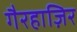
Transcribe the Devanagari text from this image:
गैरहाज़िर